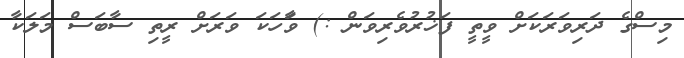
މިސްގެ ދަރިވަރަކަށް ވީތީ ފަޚުރުވެރިވަން :) ވަާހަކަ ވަރަށް ރީތި ސާބަސް މަލަކާ